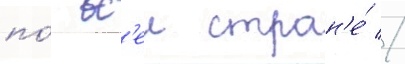
по́ вс'еи стран'е́ //